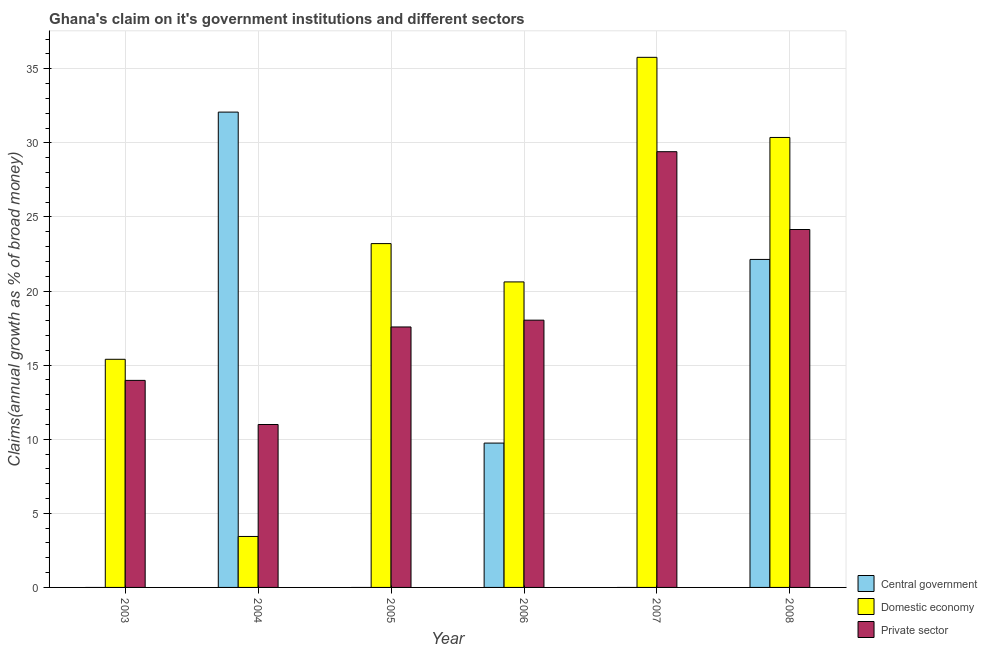
| Year | Central government | Domestic economy | Private sector |
 | --- | --- | --- | --- |
 | 2003 | -9.94 | 15.4 | 14 |
 | 2004 | 32.1 | 3.44 | 11 |
 | 2005 | -4.5 | 23.2 | 17.6 |
 | 2006 | 9.74 | 20.6 | 18 |
 | 2007 | -4.84 | 35.8 | 29.4 |
 | 2008 | 22.1 | 30.4 | 24.2 |